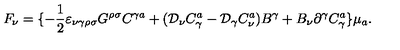
F _ { \nu } = \{ - \frac { 1 } { 2 } \varepsilon _ { \nu \gamma \rho \sigma } G ^ { \rho \sigma } C ^ { \gamma a } + ( { \cal D } _ { \nu } C _ { \gamma } ^ { a } - { \cal D } _ { \gamma } C _ { \nu } ^ { a } ) B ^ { \gamma } + B _ { \nu } \partial ^ { \gamma } C _ { \gamma } ^ { a } \} \mu _ { a } .